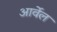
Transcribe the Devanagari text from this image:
आर्वेल